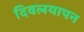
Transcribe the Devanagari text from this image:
दिवलयापन